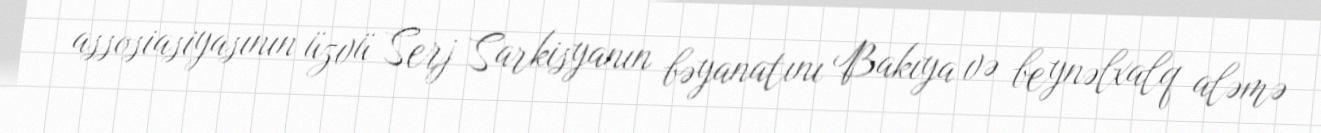
assosiasiyasının üzvü Serj Sarkisyanın bəyanatını Bakıya və beynəlxalq aləmə